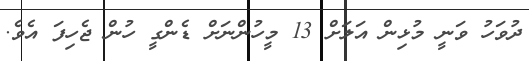
ދުވަހު ވަނީ މުޅިން އަލަށް 13 މީހުންނަށް ޑެންގީ ހުން ޖެހިފަ އެވެ.